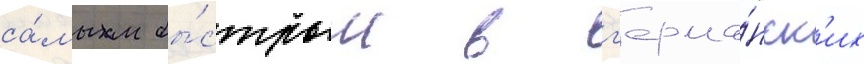
са́мым бы́стрым в г'ерма́нск'их